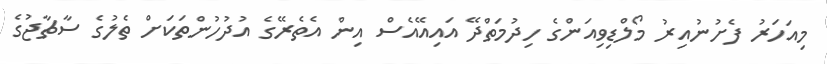
މިއަހަރު ފެށުނުއިރު މޯލްޑިވިއަންގެ ހިދުމަތްދޭ އައިއޭއެސް އިން އެތެރޭގެ އުދުހުންތަކަށް ތެލުގެ ސާޗާޖުގެ